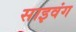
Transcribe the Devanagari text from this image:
साइवंग